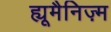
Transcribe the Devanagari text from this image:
ह्यूमैनिज़्म